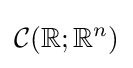
{\mathcal {C}}(\mathbb {R} ;\mathbb {R} ^{n})